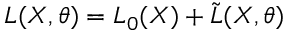
L ( X , \theta ) = L _ { 0 } ( X ) + \tilde { L } ( X , \theta ) \,